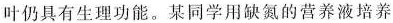
叶仍具有生理功能。某同学用缺氮的营养液培养